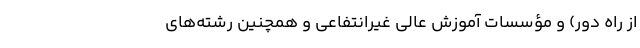
از راه دور) و مؤسسات‌ آموزش‌ عالی‌ غیرانتفاعی‌ و همچنین رشته‌های